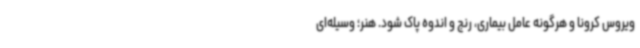
ویروس کرونا و هرگونه عامل بیماری، رنج و اندوه پاک شود. هنر؛ وسیله‌ای